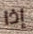
إذا